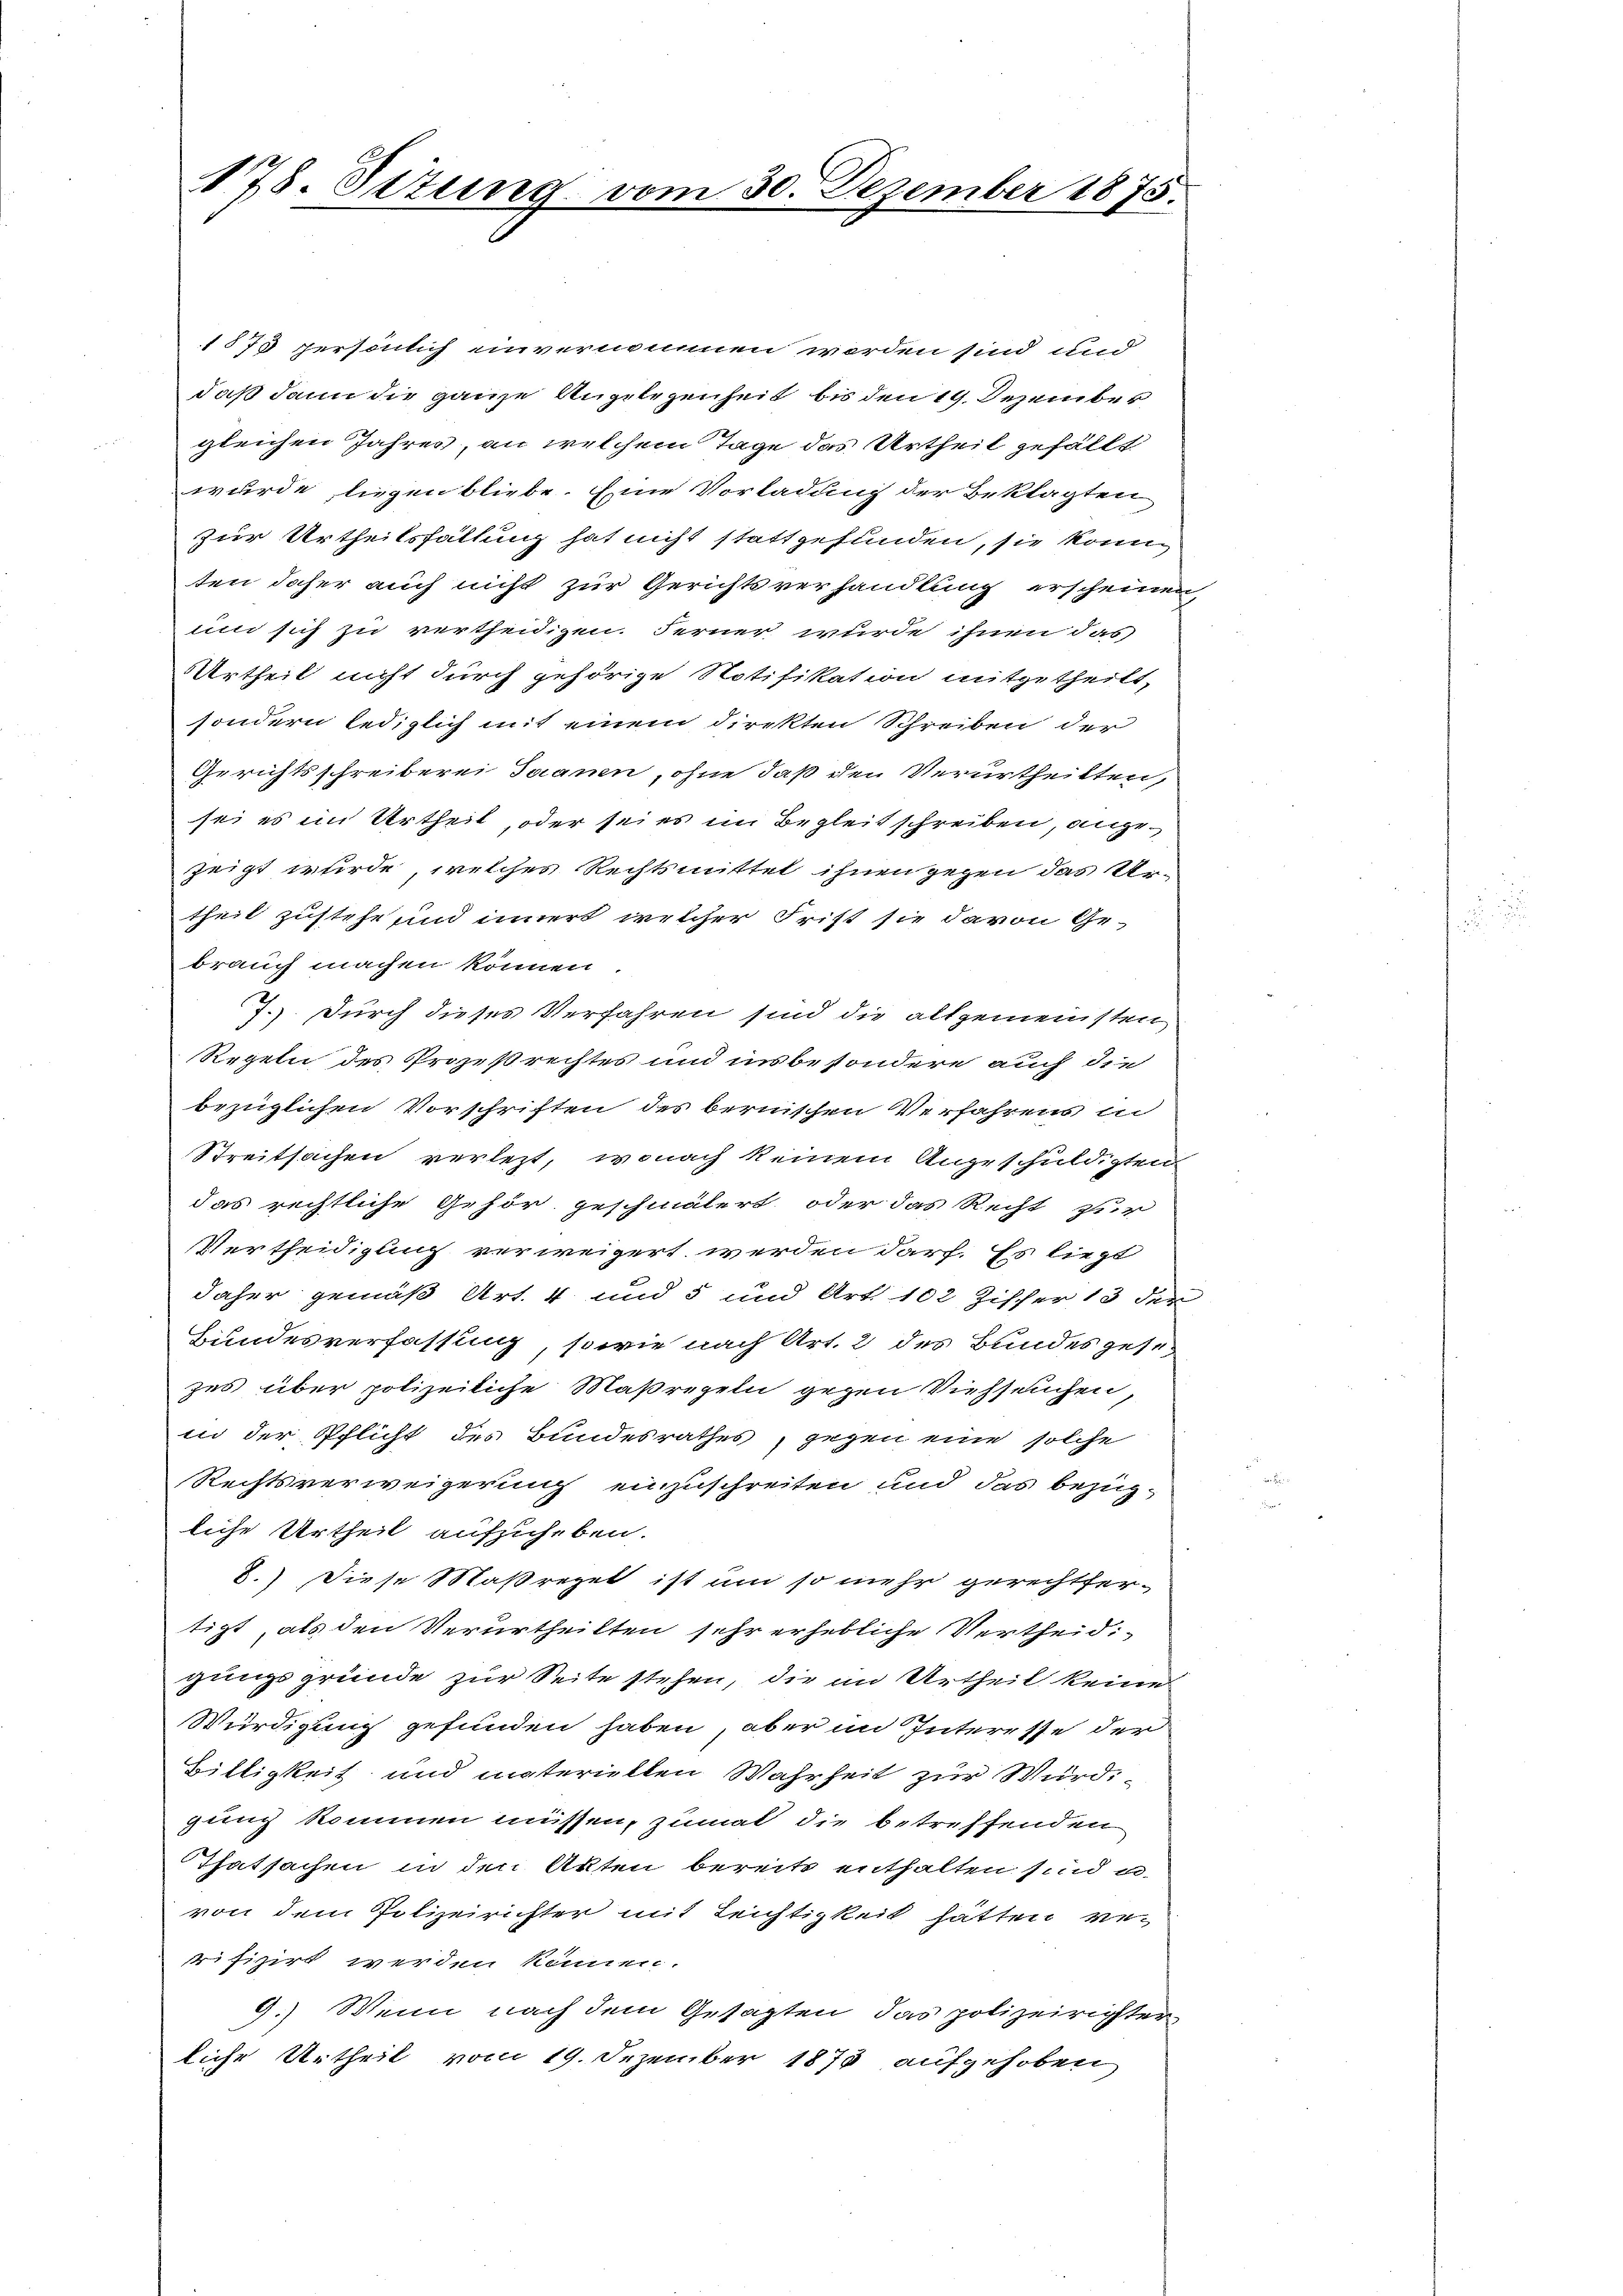
178. Sizung

in 30. Dezember 1875.

1873 persönlich einvernommen werden sind und
daß dann die ganze Angelegenheit bis den 19. Dezember
gleichen Jahres, an welchem Tage das Urtheil gefällt
wurde liegen bliebe. Eine Vorladung der Beklagten
zur Urtheilsfällung hat nicht stattgefunden, sie konnten daher auch nicht zur Gerichtsverhandlung erscheinen
und sich zu vertheidigen. Ferner wurde ihnen das
Urtheil nicht durch gehörige Notifikation mitgetheilt,
sondern lediglich mit einem direkten Schreiben der
Gerichtsschreiberei Jaann, ohne daß den Verurtheilten,
sei es im Urtheil, oder sei es im Begleitschreiben, angezeigt wurde, welches Rechtsmittel ihnen gegen das Ur-
theil zustehe, und innert welcher Frist sie davon Gebrauch machen können
7.) Durch dieses Verfahren sind die allgemeinsten
Regeln des Prozeßrechtes und insbesondere auch die
bezüglichen Vorschriften des bernischen Verfahrens und
Streitsachen verletzt, wonach keinem Angeschuldigten
das rechtliche Gehör geschmälert oder das Recht zur
Vertheidigung verweigert werden darf. Es liegt
daher gemäß Art. 4 und 5 und Art. 102 Zischer 13 der
Bundesverfassung, sowie nach Art. 2 des Bundesgesezes über polizeiliche Maßregeln gegen Viehseuchen
in der Pflicht des Bundesrathes, gegen eine solche
Rechtsverweigerung einzuschreiten und das bezugliche Urtheil aufzuheben.
8.) Diese Maßregel ist um so mehr gerechtfertigt, als den Verurtheilten sehr erhebliche Vertheid
gungsgründe zur Seite stehen, die im Urtheil keine
Würdigung gefunden haben, aber im Interesse der
Biltigkeit und interiellen Wahrheit zur Würdigung kommen müssen, zumal die betreffenden
Thatsachen in den Akten bereits enthalten sind u.
von dem Polizeirichter mit Leichtigkeit hätten ve
rifizirt werden können.
9.) Wenn nach dem Gesagten das polizeirichter
liche Urtheil vom 19. Dezember 1875 aufgehoben